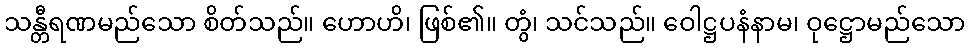
သန္တီရဏမည်သော စိတ်သည်။ ဟောဟိ၊ ဖြစ်၏။ တွံ၊ သင်သည်။ ဝေါဋ္ဌပနံနာမ၊ ဝုဋ္ဌောမည်သော